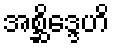
အစ္ဆိဒ္ဒေဟိ